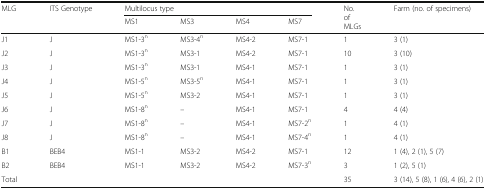
<table><thead><tr><td rowspan="2"><b>MLG</b></td><td rowspan="2"><b>ITS Genotype</b></td><td colspan="4"><b>Multilocus type</b></td><td rowspan="2"><b>No. of MLGs</b></td><td rowspan="2"><b>Farm (no. of specimens)</b></td></tr><tr><td><b>MS1</b></td><td><b>MS3</b></td><td><b>MS4</b></td><td><b>MS7</b></td></tr></thead><tbody><tr><td>J1</td><td>J</td><td>MS1-3<sup>n</sup></td><td>MS3-4<sup>n</sup></td><td>MS4-2</td><td>MS7-1</td><td>1</td><td>3 (1)</td></tr><tr><td>J2</td><td>J</td><td>MS1-3<sup>n</sup></td><td>MS3-1</td><td>MS4-2</td><td>MS7-1</td><td>10</td><td>3 (10)</td></tr><tr><td>J3</td><td>J</td><td>MS1-3<sup>n</sup></td><td>MS3-1</td><td>MS4-1</td><td>MS7-1</td><td>1</td><td>3 (1)</td></tr><tr><td>J4</td><td>J</td><td>MS1-5<sup>n</sup></td><td>MS3-5<sup>n</sup></td><td>MS4-1</td><td>MS7-1</td><td>1</td><td>3 (1)</td></tr><tr><td>J5</td><td>J</td><td>MS1-5<sup>n</sup></td><td>MS3-2</td><td>MS4-1</td><td>MS7-1</td><td>1</td><td>3 (1)</td></tr><tr><td>J6</td><td>J</td><td>MS1-8<sup>n</sup></td><td>–</td><td>MS4-1</td><td>MS7-1</td><td>4</td><td>4 (4)</td></tr><tr><td>J7</td><td>J</td><td>MS1-8<sup>n</sup></td><td>–</td><td>MS4-1</td><td>MS7-2<sup>n</sup></td><td>1</td><td>4 (1)</td></tr><tr><td>J8</td><td>J</td><td>MS1-8<sup>n</sup></td><td>–</td><td>MS4-1</td><td>MS7-4<sup>n</sup></td><td>1</td><td>4 (1)</td></tr><tr><td>B1</td><td>BEB4</td><td>MS1-1</td><td>MS3-2</td><td>MS4-2</td><td>MS7-1</td><td>12</td><td>1 (4), 2 (1), 5 (7)</td></tr><tr><td>B2</td><td>BEB4</td><td>MS1-1</td><td>MS3-2</td><td>MS4-2</td><td>MS7-3<sup>n</sup></td><td>3</td><td>1 (2), 5 (1)</td></tr><tr><td>Total</td><td></td><td></td><td></td><td></td><td></td><td>35</td><td>3 (14), 5 (8), 1 (6), 4 (6), 2 (1)</td></tr></tbody></table>